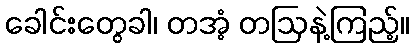
ခေါင်းတွေခါ၊ တအံ့ တဩနဲ့ကြည့်။